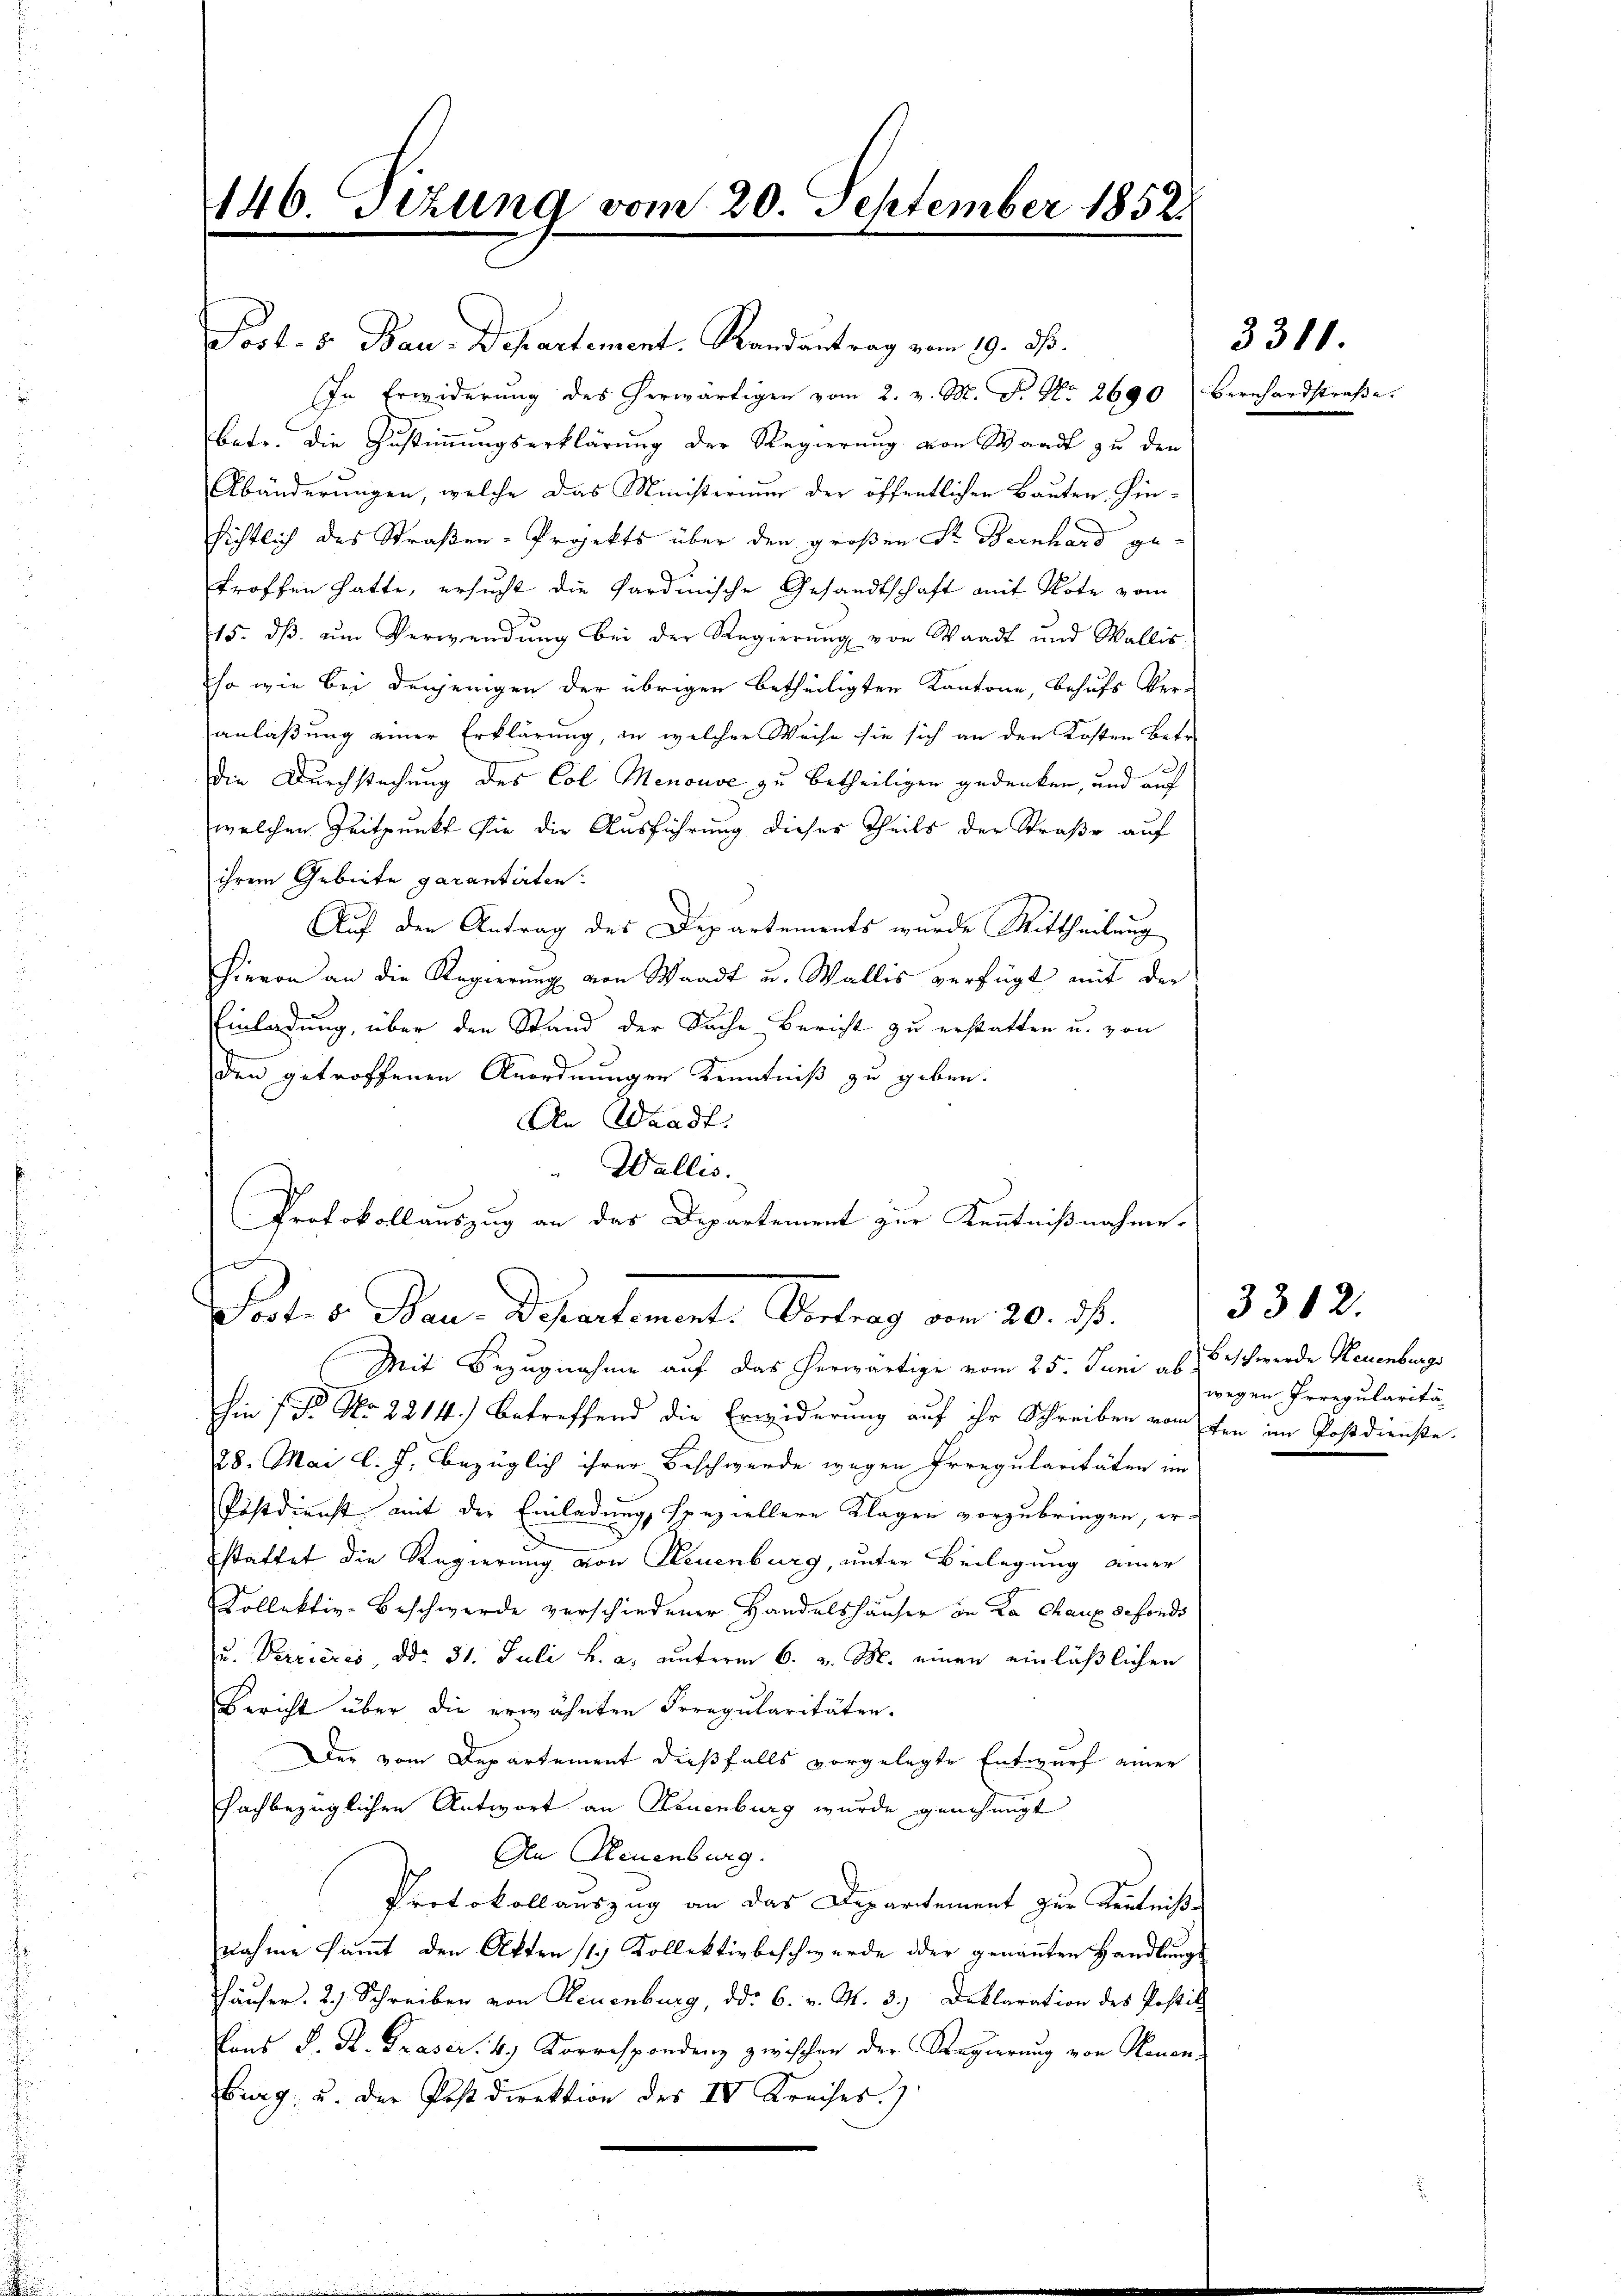
146. Tizung vom 20. September 1852.

e
Port. v. Baue Departement. Vertrag vom 20. ds.
Mit Bezugnahme auf das herwärtige vom 25. Juni ab Beschwerde Neuenburgs

Post. S. Bau-Departement. Randantrag vom 19. ds.
In Erwiderŭng des herwärtigen vom 2. v. M. D. No. 2690 Bernhardstraβe.
bate. Die Zustimmungserklärung der Regierung von Waadt zu den
Abänderungen, welche das Ministerium der öffentlichen Bauten Hinsichtlich des Straßen-Projekts über den großen Dr. Bernhard getroffen hatte, ersucht die Sardinische Gesandtschaft mit Note vom
15. dß um Verwendung bei der Regierung von Waadt und Wallis
so wie bei denjenigen der übrigen betheiligten Kantone, Behufs Veranlaßung einer Erklärung, in welcher Weise sie sich an den Kosten Betr.
Die Durchsuchung des Col Menouve zu betheiligen gedenken, und auf
welchen Zeitpunkt sie die Ausführung dieser Theils der Straße auf
ihrem Gebiete garantirten.
Auf den Antrag des Departements wurde Mittheilung
Hievon an die Regierung von Waadt u. Wallis verfügt mit der
Einladung, über den Stand der Sache Bericht zu erstatten u. von
den getroffenen Anordnungen Kenntniß zu geben.
An Waadt:
Wallis.
a
Protokollauszug an das Departement zur Kenntnißnahme.

hin 1 Fr. No. 2214) betreffend die Erwiderung auf ihr Schreiben vom ten im Postdienste.
28. Mai l. J. bezüglich ihrer Beschwerde wegen Irregularitäten im
Postdienst mit der Einladung, speziellere Klagen vorzubringen, erstattet die Regierung von Neuenburg, unter Beilegung einer
Kollektiv-Beschwerde verschiedener Handelshäuser in La Chaux defonds
u. Verrières, ddo 31. Juli h. a. unterm 6. v. M. einen einläßlichen
Bericht über die erwähnten Irregularitäten.
Der vom Departement dießfalls vorgelegte Entwurf einer
fachbezüglichen Antwort an Neuenburg wurde genehmigt
An Neuenburg.
Protokollauszug an das Departement zur Kenntnißnahme sammt den Akten 11. Kollektivbeschwerde oder genannten Handlungs
Hhäuser. 21. Schreiben von Neuenburg, ddo 6. v. M. 3.) Deklaration des Postitz
Vons S. R. Praser, 4. Korrespondenz zwischen der Regierung von Neuen-
burg, u. der Postdirektion des IV Kreises)

3311.

wegen Irregularitä

3312.